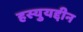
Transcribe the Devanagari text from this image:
हस्युयद्दीन